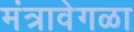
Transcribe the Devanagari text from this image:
मंत्रावेगळा